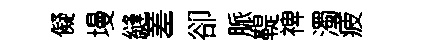
儗墁縫嵳卻脈鞮禆濁疲